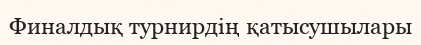
Финалдық турнирдің қатысушылары